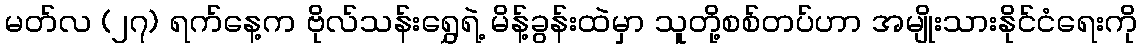
မတ်လ (၂၇) ရက်နေ့က ဗိုလ်သန်းရွှေရဲ့ မိန့်ခွန်းထဲမှာ သူတို့စစ်တပ်ဟာ အမျိုးသားနိုင်ငံရေးကို